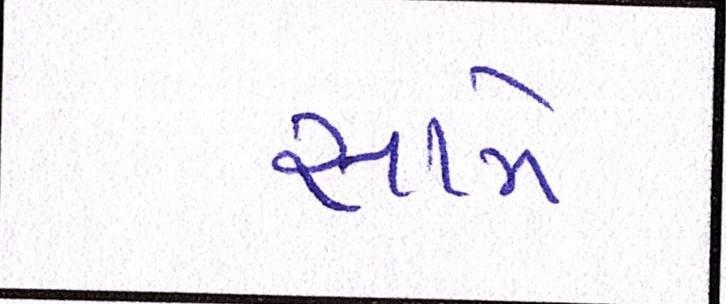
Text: સામે